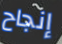
إنجاح